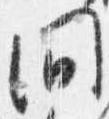
問